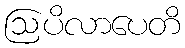
ဩပိလာပေတိ